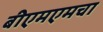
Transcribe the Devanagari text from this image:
बीएमएमचा